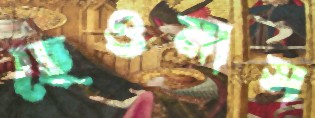
ছেওমাস